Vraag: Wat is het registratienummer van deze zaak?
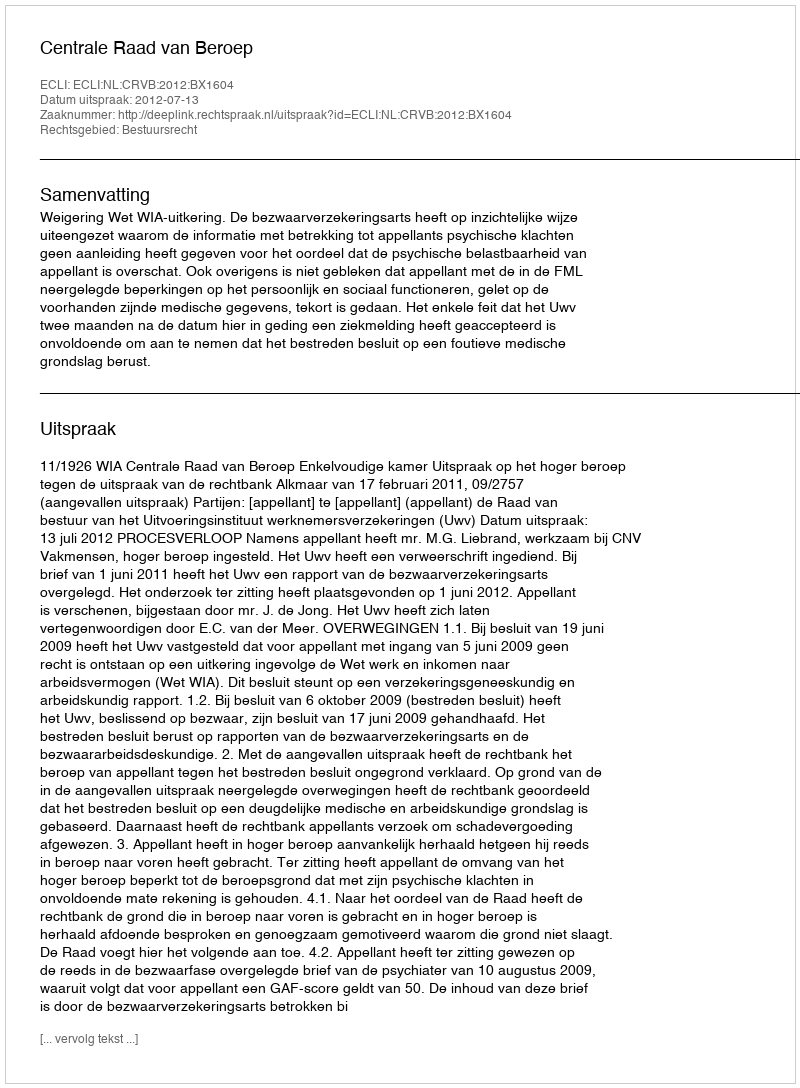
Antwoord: http://deeplink.rechtspraak.nl/uitspraak?id=ECLI:NL:CRVB:2012:BX1604